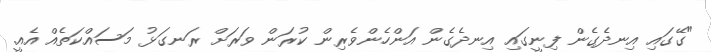
"ގޭގައި އިނދެގެން ފިނީގައި އިނދެގެން އަންހެންވެރިން ކުރަން ވަރަށް ރަނގަޅު މަސައްކަތެއް އެއީ.